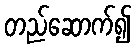
တည်ဆောက်၍